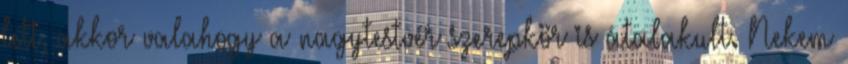
lett, akkor valahogy a nagytestvér szerepkör is átalakult. Nekem